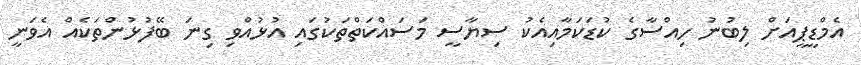
އެމްޑީޕީއަށް ލިބުނު ހިއްސާގެ ކުޑަކަމާއިއެކު ސިޔާސީ މަސައްކަތްތަކުގައި އުޅުއްވި ގިނަ ބޭފުޅުންތަކެއް އެވަނީ